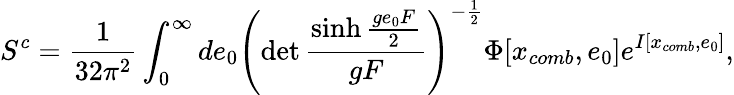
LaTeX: S^{c}=\frac{1}{32\pi^{2}}\int_{0}^{\infty}de_{0}\left(\operatorname*{det}\frac{\sinh\frac{ge_{0}F}{2}}{gF}\right)^{-\frac{1}{2}}\Phi[x_{comb},e_{0}]e^{I[x_{comb},e_{0}]},